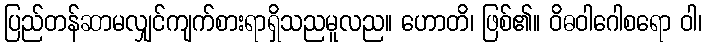
ပြည်တန်ဆာမလျှင်ကျက်စားရာရှိသညမူလည။ ဟောတိ၊ ဖြစ်၏။ ဝိဓဝါဂေါစရော ဝါ၊